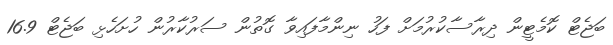
ބަޖެޓް ކޮމެޓީން ދިރާސާކުރުމަށް ފަހު ނިންމާފައިވާ ގޮތުން ސަރުކާރުން ހުށަހެޅި ބަޖެޓް 16.9